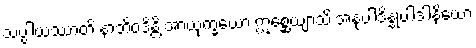
သပ္ပါယဿာတိ နာဘိဝဒိန္တိ အာယုက္ခယော ဣစ္ဆေယျာသိ အနုပါဒိန္နုပါဒါနိယော